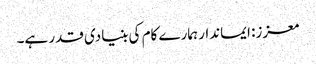
معزز: ایماندار ہمارے کام کی بنیادی قدر ہے۔